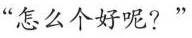
“怎么个好呢?”